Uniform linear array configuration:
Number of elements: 16
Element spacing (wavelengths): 0.25
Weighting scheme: hamming
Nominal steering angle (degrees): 0
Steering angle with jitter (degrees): -0.847
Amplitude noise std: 0.05
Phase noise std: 0.05

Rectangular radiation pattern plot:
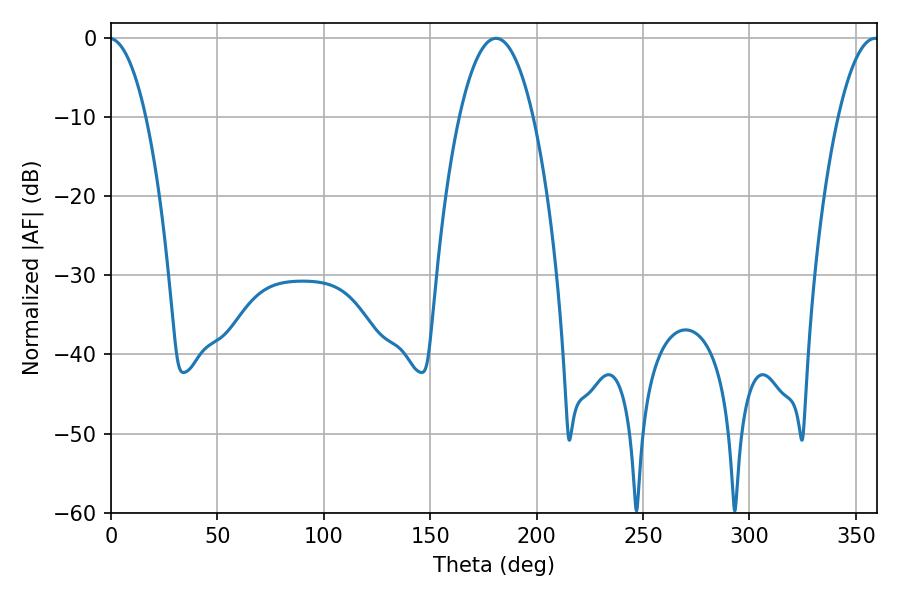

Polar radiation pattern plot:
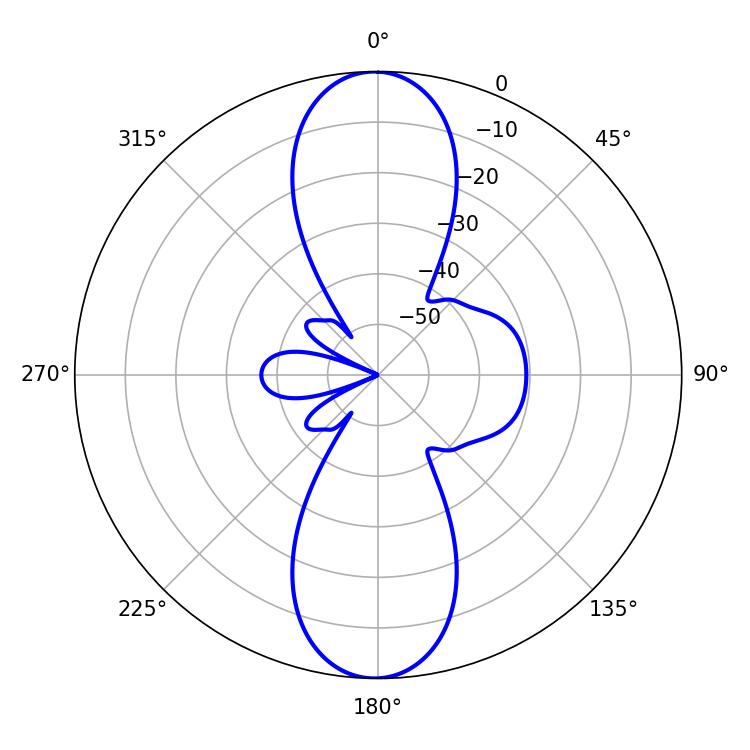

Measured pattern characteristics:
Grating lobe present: FALSE
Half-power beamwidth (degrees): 19.26
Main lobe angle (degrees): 180.9